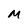
Character: M